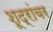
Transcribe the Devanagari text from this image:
शूद्रांवर